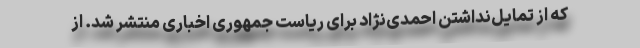
که از تمایل‌نداشتن احمدی‌نژاد برای ریاست جمهوری اخباری منتشر شد. از